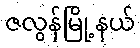
ဇလွန်မြို့နယ်